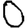
Digit: 0